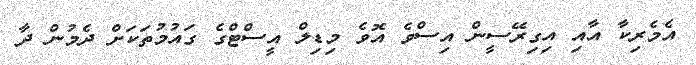
އެމެރިކާ އާއި އިގިރޭސީން އިސްވެ އޮވެ މިޑިލް އީސްޓްގެ ގައުމުތަކަށް ދެމުން ދާ